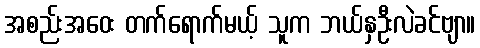
အစည်းအဝေး တက်ရောက်မယ့် သူက ဘယ်နှဦးလဲခင်ဗျာ။